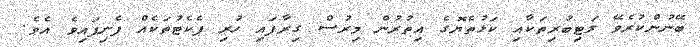
ބޭނުންކުރެވޭ ލަޓިބުރިތަކާއި ކަޅުތެޔޮގެ އިތުރުން މިރުސް ގިރާފައި ހުރި ޕެކެޓުތަކެއް ފެނިފައިވެ އެވެ.